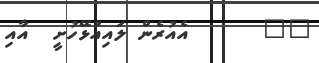
٥٣      އެއުރެން ލައިއުޅޭހުށީ  އާއި